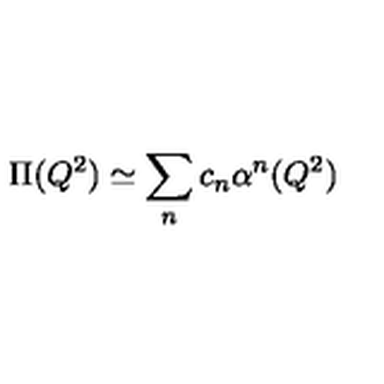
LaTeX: \Pi ( Q ^ { 2 } ) \simeq \sum _ { n } c _ { n } \alpha ^ { n } ( Q ^ { 2 } )